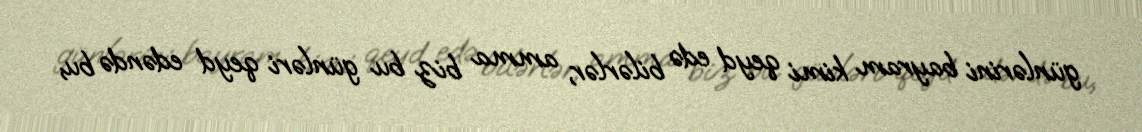
günlərini bayram kimi qeyd edə bilərlər, amma biz bu günləri qeyd edəndə bu,